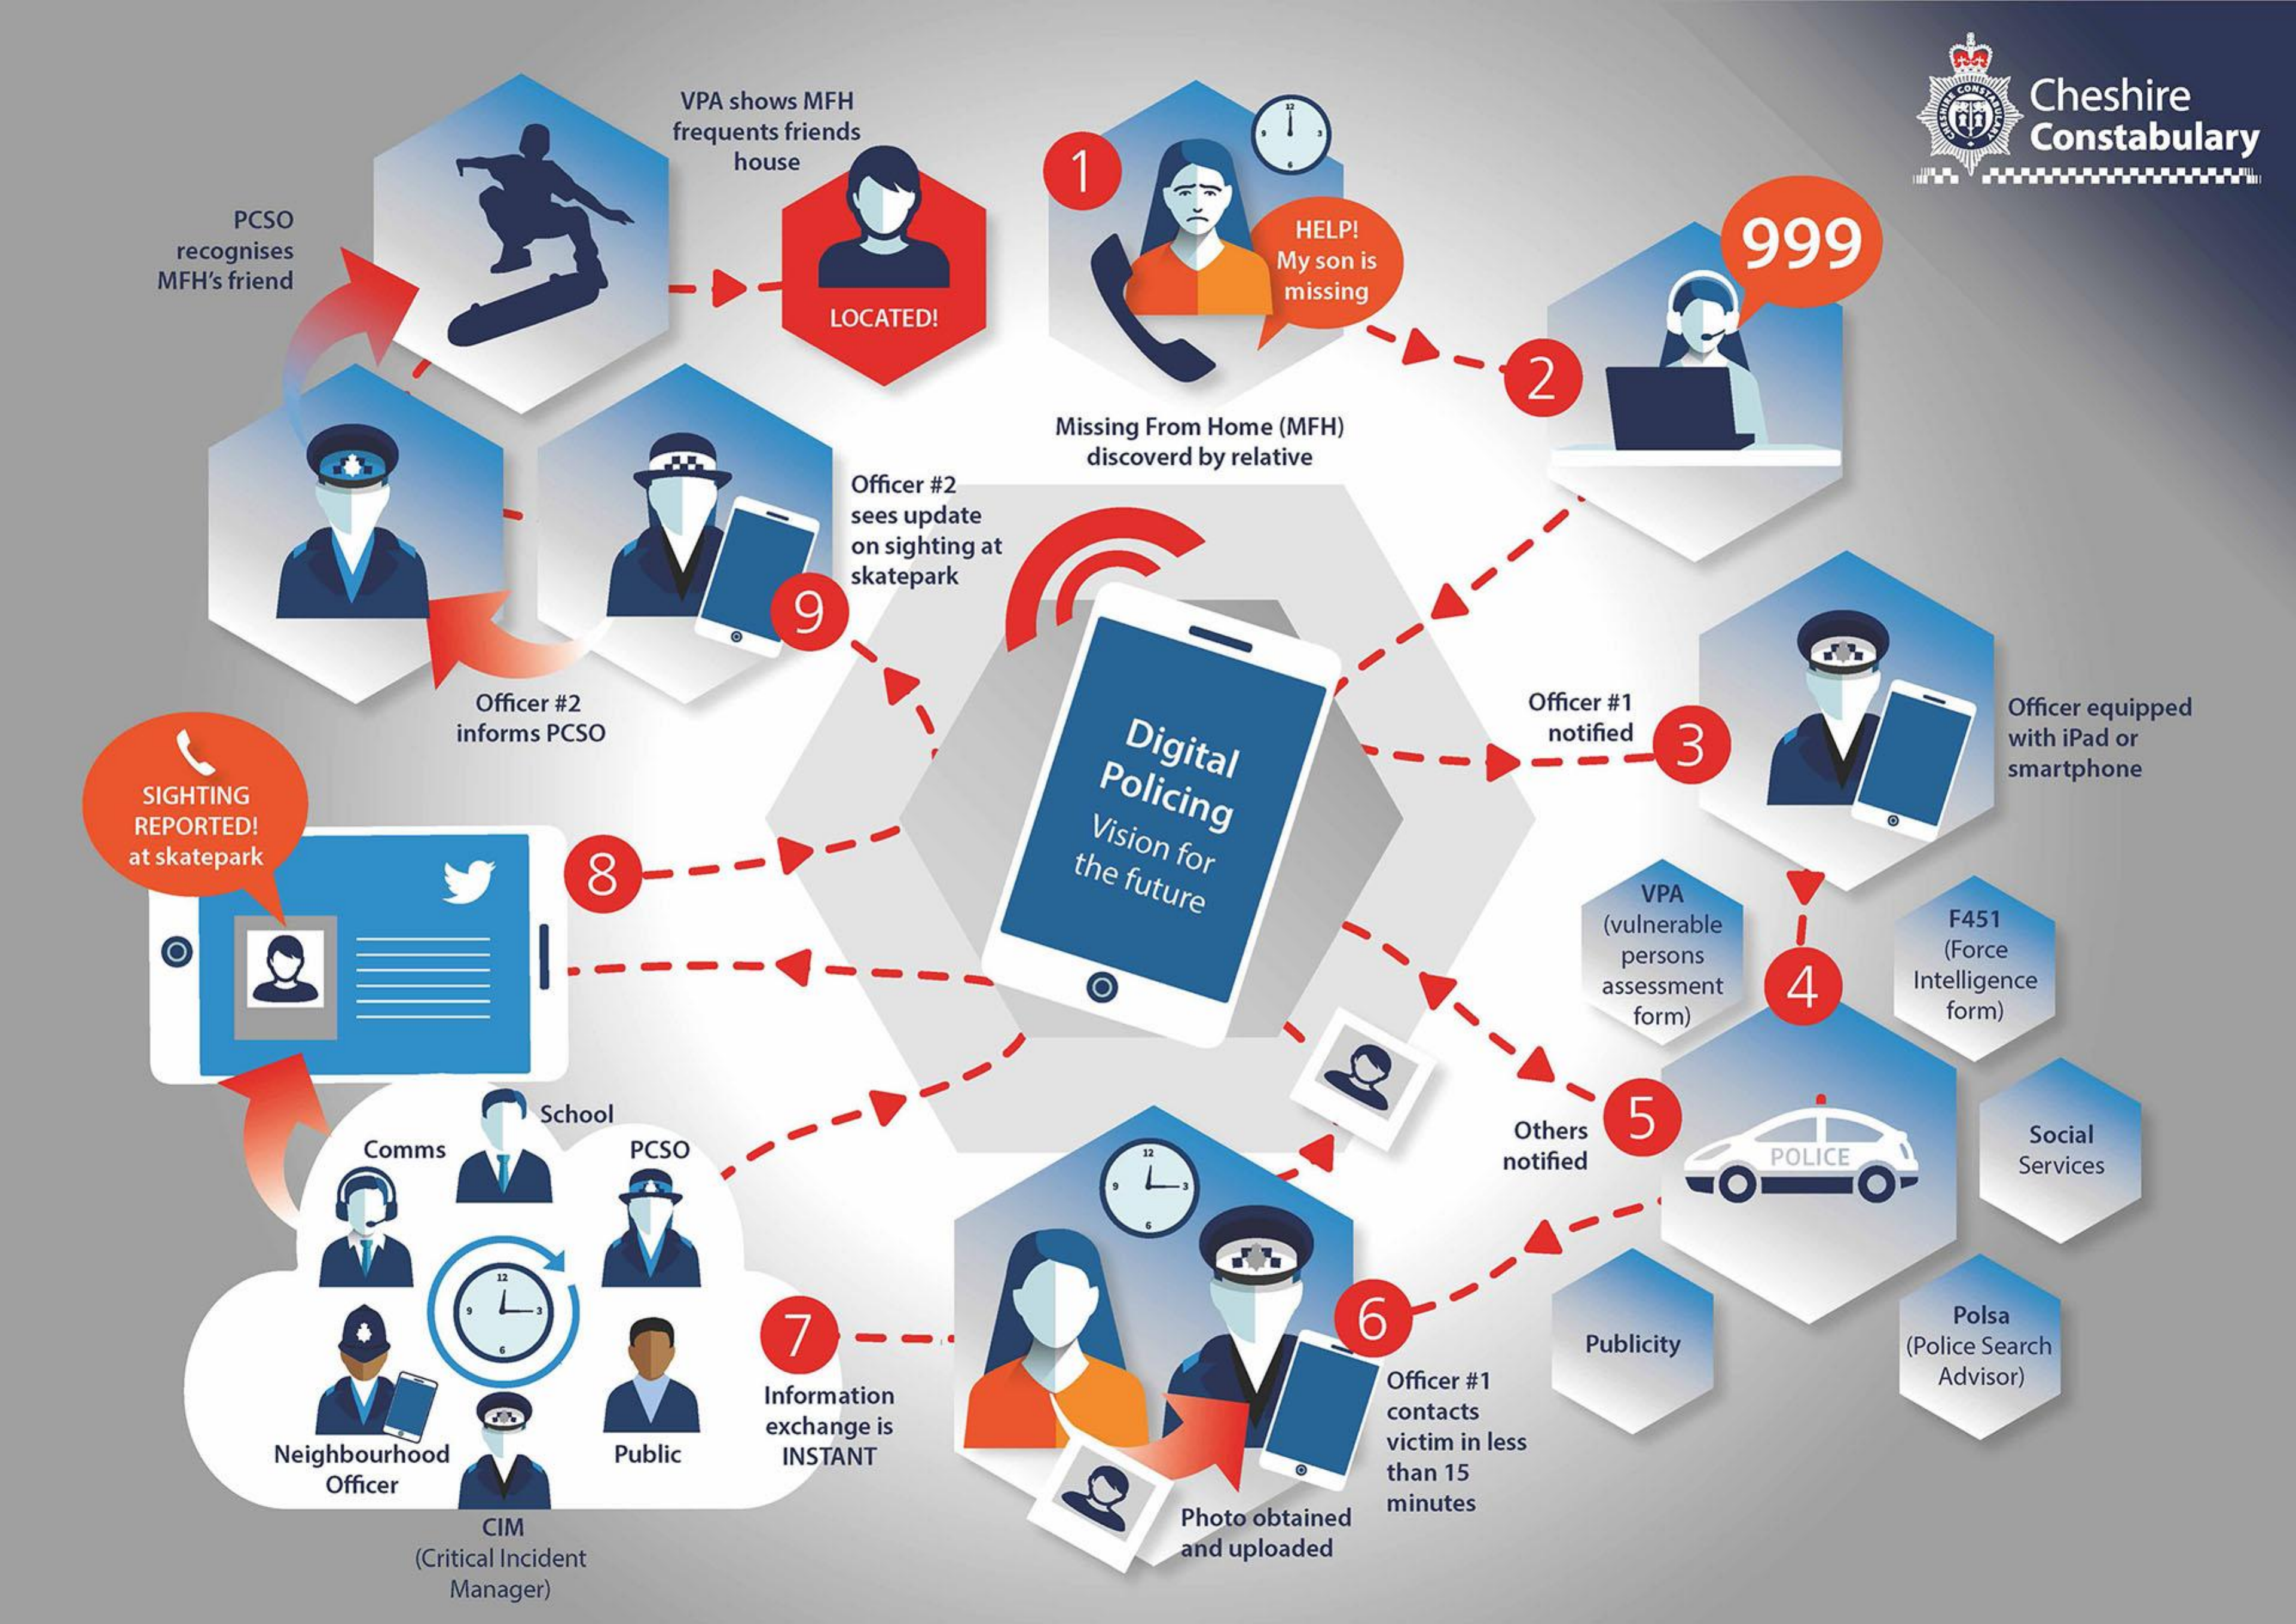
VPA shows MFH    Cheshire
     frequents friends    Constabulary
     house    1
     PCSO    HELP!    999 recognises
     MFH's friend
     My son is
     LOCATED!
     missing
     2
     Missing From Home (MFH)
     Officer #2
     discoverd by relative
     sees update
     on sighting at
     skatepark
     9
     Officer #2
     Digital
     Officer #1
     3
     Officer equipped
     informs PCSO    notified    with iPad or
     Policing SIGHTING
     smartphone
    REPORTED!    Vision for at skatepark
     8    the future    VPA
     (vulnerable F451
     O    persons
     assessment 4
     (Force
     Intelligence
     form)   form)
     School    5
     Comms  PCSO
     Others
     POLICE
     Social
     notified
     O
     Services
     7    6    Polsa
     Publicity (Police Search
     Information
     Officer #1    Advisor)
     exchange is
     contacts
     Neighbourhood Public INSTANT
     victim in less
     Officer
     than 15
     CIM    Photo obtained
     minutes
     (Critical Incident   and uploaded
     Manager)